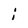
Character: i